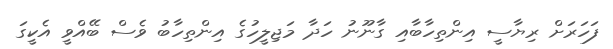
ފަހަރަށް ރިޔާސީ އިންތިހާބާއި ގާނޫނު ހަދާ މަޖިލީހުގެ އިންތިހާބު ވެސް ބޭއްވީ އެކީގަ